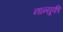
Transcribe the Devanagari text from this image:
नान्युकी